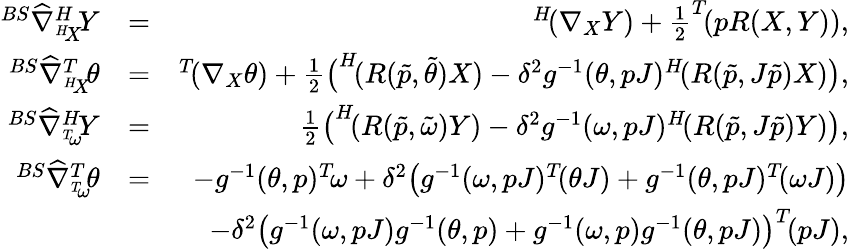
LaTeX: \begin{array}{rlr}{^{BS}\widehat{\nabla}_{^{H}\! X}^{H}\! Y}&{=}&{^{H}\! (\nabla_{X}Y)+\frac{1}{2}^{T}\! (pR(X,Y)),}\\ {^{BS}\widehat{\nabla}_{^{H}\! X}^{T}\! \theta}&{=}&{^{T}\! (\nabla_{X}\theta)+\frac{1}{2}\big(^{H}\! (R(\tilde{p},\tilde{\theta})X)-\delta^{2}g^{-1}(\theta,pJ)^{H}\! (R(\tilde{p},J\tilde{p})X)\big),}\\ {^{BS}\widehat{\nabla}_{^{T}\! \omega}^{H}\! Y}&{=}&{\frac{1}{2}\big(^{H}\! (R(\tilde{p},\tilde{\omega})Y)-\delta^{2}g^{-1}(\omega,pJ)^{H}\! (R(\tilde{p},J\tilde{p})Y)\big),}\\ {^{BS}\widehat{\nabla}_{^{T}\! \omega}^{T}\! \theta}&{=}&{-g^{-1}(\theta,p)^{T}\! \omega+\delta^{2}\big(g^{-1}(\omega,pJ)^{T}\! (\theta J)+g^{-1}(\theta,pJ)^{T}\! (\omega J)\big)}\\ &{}&{-\delta^{2}\big(g^{-1}(\omega,pJ)g^{-1}(\theta,p)+g^{-1}(\omega,p)g^{-1}(\theta,pJ)\big)^{T}\! (pJ),}\end{array}